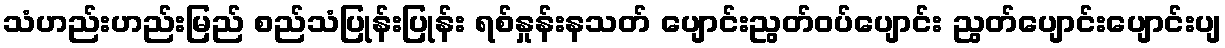
သံဟည်းဟည်းမြည် စည်သံပြုန်းပြုန်း ရစ်နှုန်းနသတ် ပျောင်းညွတ်ဝပ်ပျောင်း ညွတ်ပျောင်းပျောင်းပျ